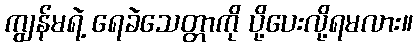
ကျွန်မရဲ့ ရေခဲသေတ္တာကို ပို့ပေးလို့ရမလား။